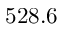
5 2 8 . 6